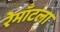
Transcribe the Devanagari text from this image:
रेमाँटला